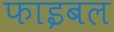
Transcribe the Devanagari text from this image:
फाइबल